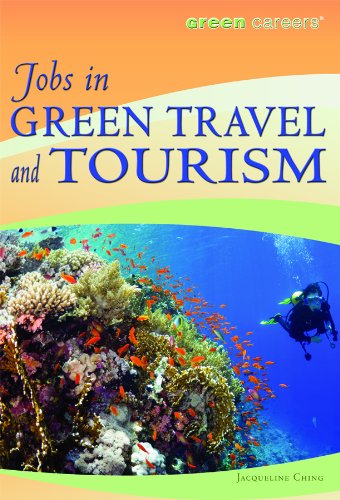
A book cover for Jobs in Green Travel and Tourism (Green Careers); Jacqueline Ching; Teen & Young Adult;